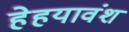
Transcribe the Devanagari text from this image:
हेहयावंश